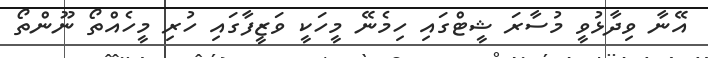
އޭނާ ވިދާޅުވީ މުސާރަ ޝީޓްގައި ހިމެނޭ މީހަކީ ވަޒީފާގައި ހުރި މީހެއްތޯ ނޫންތޯ